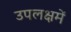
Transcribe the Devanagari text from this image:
उपलक्षमें